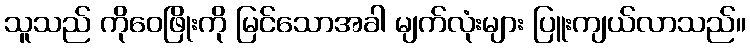
သူသည် ကိုဝေဖြိုးကို မြင်သောအခါ မျက်လုံးများ ပြူးကျယ်လာသည်။